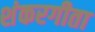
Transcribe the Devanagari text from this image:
शंकरगीता